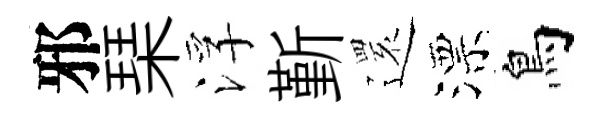
邪琹浮斳𮟃漂鳥